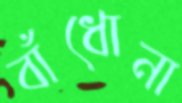
বাঁধোনা